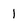
Character: 1